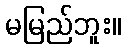
မမြည်ဘူး။